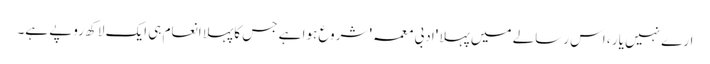
ارے نہیں یار ، اس رسالے میں پہلا 'ادبی معمہ' شروع ہوا ہے جس کا پہلا انعام ہی ایک لاکھ روپے ہے۔